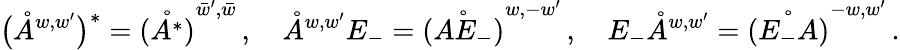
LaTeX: \big(\mathring{A}^{{w,w^{\prime}}}\big)^{*}=\mathring{(A^{*})}^{{\bar{w}^{\prime},\bar{w}}}\, ,\quad\mathring{A}^{w,w^{\prime}}E_{-}=\mathring{(AE_{-})}^{{w,-w^{\prime}}}\, ,\quad E_{-}\mathring{A}^{w,w^{\prime}}=\mathring{(E_{-}A)}^{{-w,w^{\prime}}}\, .